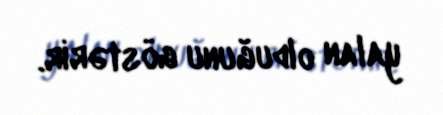
yalan olduğunu göstərir.